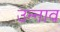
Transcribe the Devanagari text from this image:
उन्‍नाव